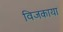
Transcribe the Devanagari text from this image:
विजकाया